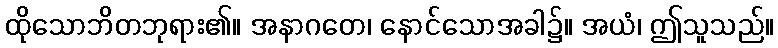
ထိုသောဘိတဘုရား၏။ အနာဂတေ၊ နောင်သောအခါ၌။ အယံ၊ ဤသူသည်။